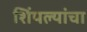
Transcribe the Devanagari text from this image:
शिंपल्यांचा